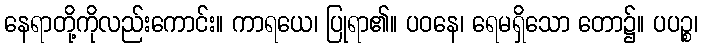
နေရာတို့ကိုလည်းကောင်း။ ကာရယေ၊ ပြုရာ၏။ ပဝနေ၊ ရေမရှိသော တော၌။ ပပဉ္စ၊